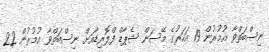
ނިސްބަތްވާ އުމުރުން 19 އަހަރުގެ މޭސަން ޝެޕާޑް ފްލޮރިޑާއަށް ނިސްބަތްވާ އުމުރުން 22